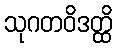
သုဂတဝိဒတ္ထိ